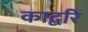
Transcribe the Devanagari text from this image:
काद्बरि